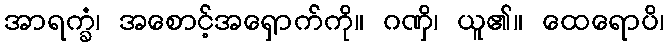
အာရက္ခံ၊ အစောင့်အရှောက်ကို။ ဂဏှိ၊ ယူ၏။ ထေရောပိ၊